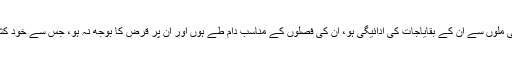
کسان کہتے ہیںکہ چینی ملوں سے ان کے بقایاجات کی ادائیگی ہو، ان کی فصلوں کے مناسب دام طے ہوں اور ان پر قرض کا بوجھ نہ ہو، جس سے خود کشی کے واقعات نہ ہوں۔